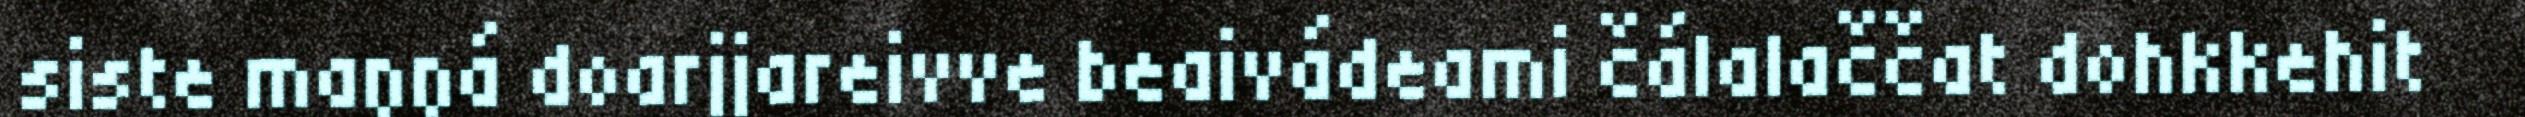
siste maŋŋá doarjjareivve beaivádeami čálalaččat dohkkehit